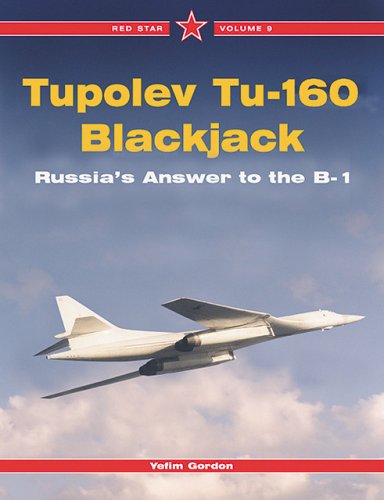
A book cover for Tupolev Tu-160 Blackjack: Russia's Answer to the B-1, Vol. 9 (Red Star); Yefim Gordon; Humor & Entertainment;